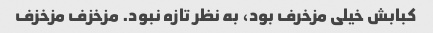
کبابش خیلی مزخرف بود، به نظر تازه نبود. مزخزف مزخزف